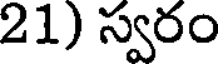
21) స్వరం